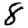
Digit: 8